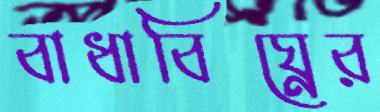
বাধাবিঘ্নের